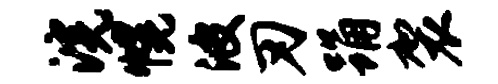
浣幌波刃踊袈